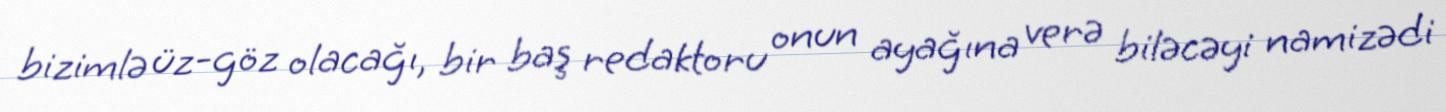
bizimlə üz-göz olacağı, bir baş redaktoru onun ayağına verə biləcəyi namizədi